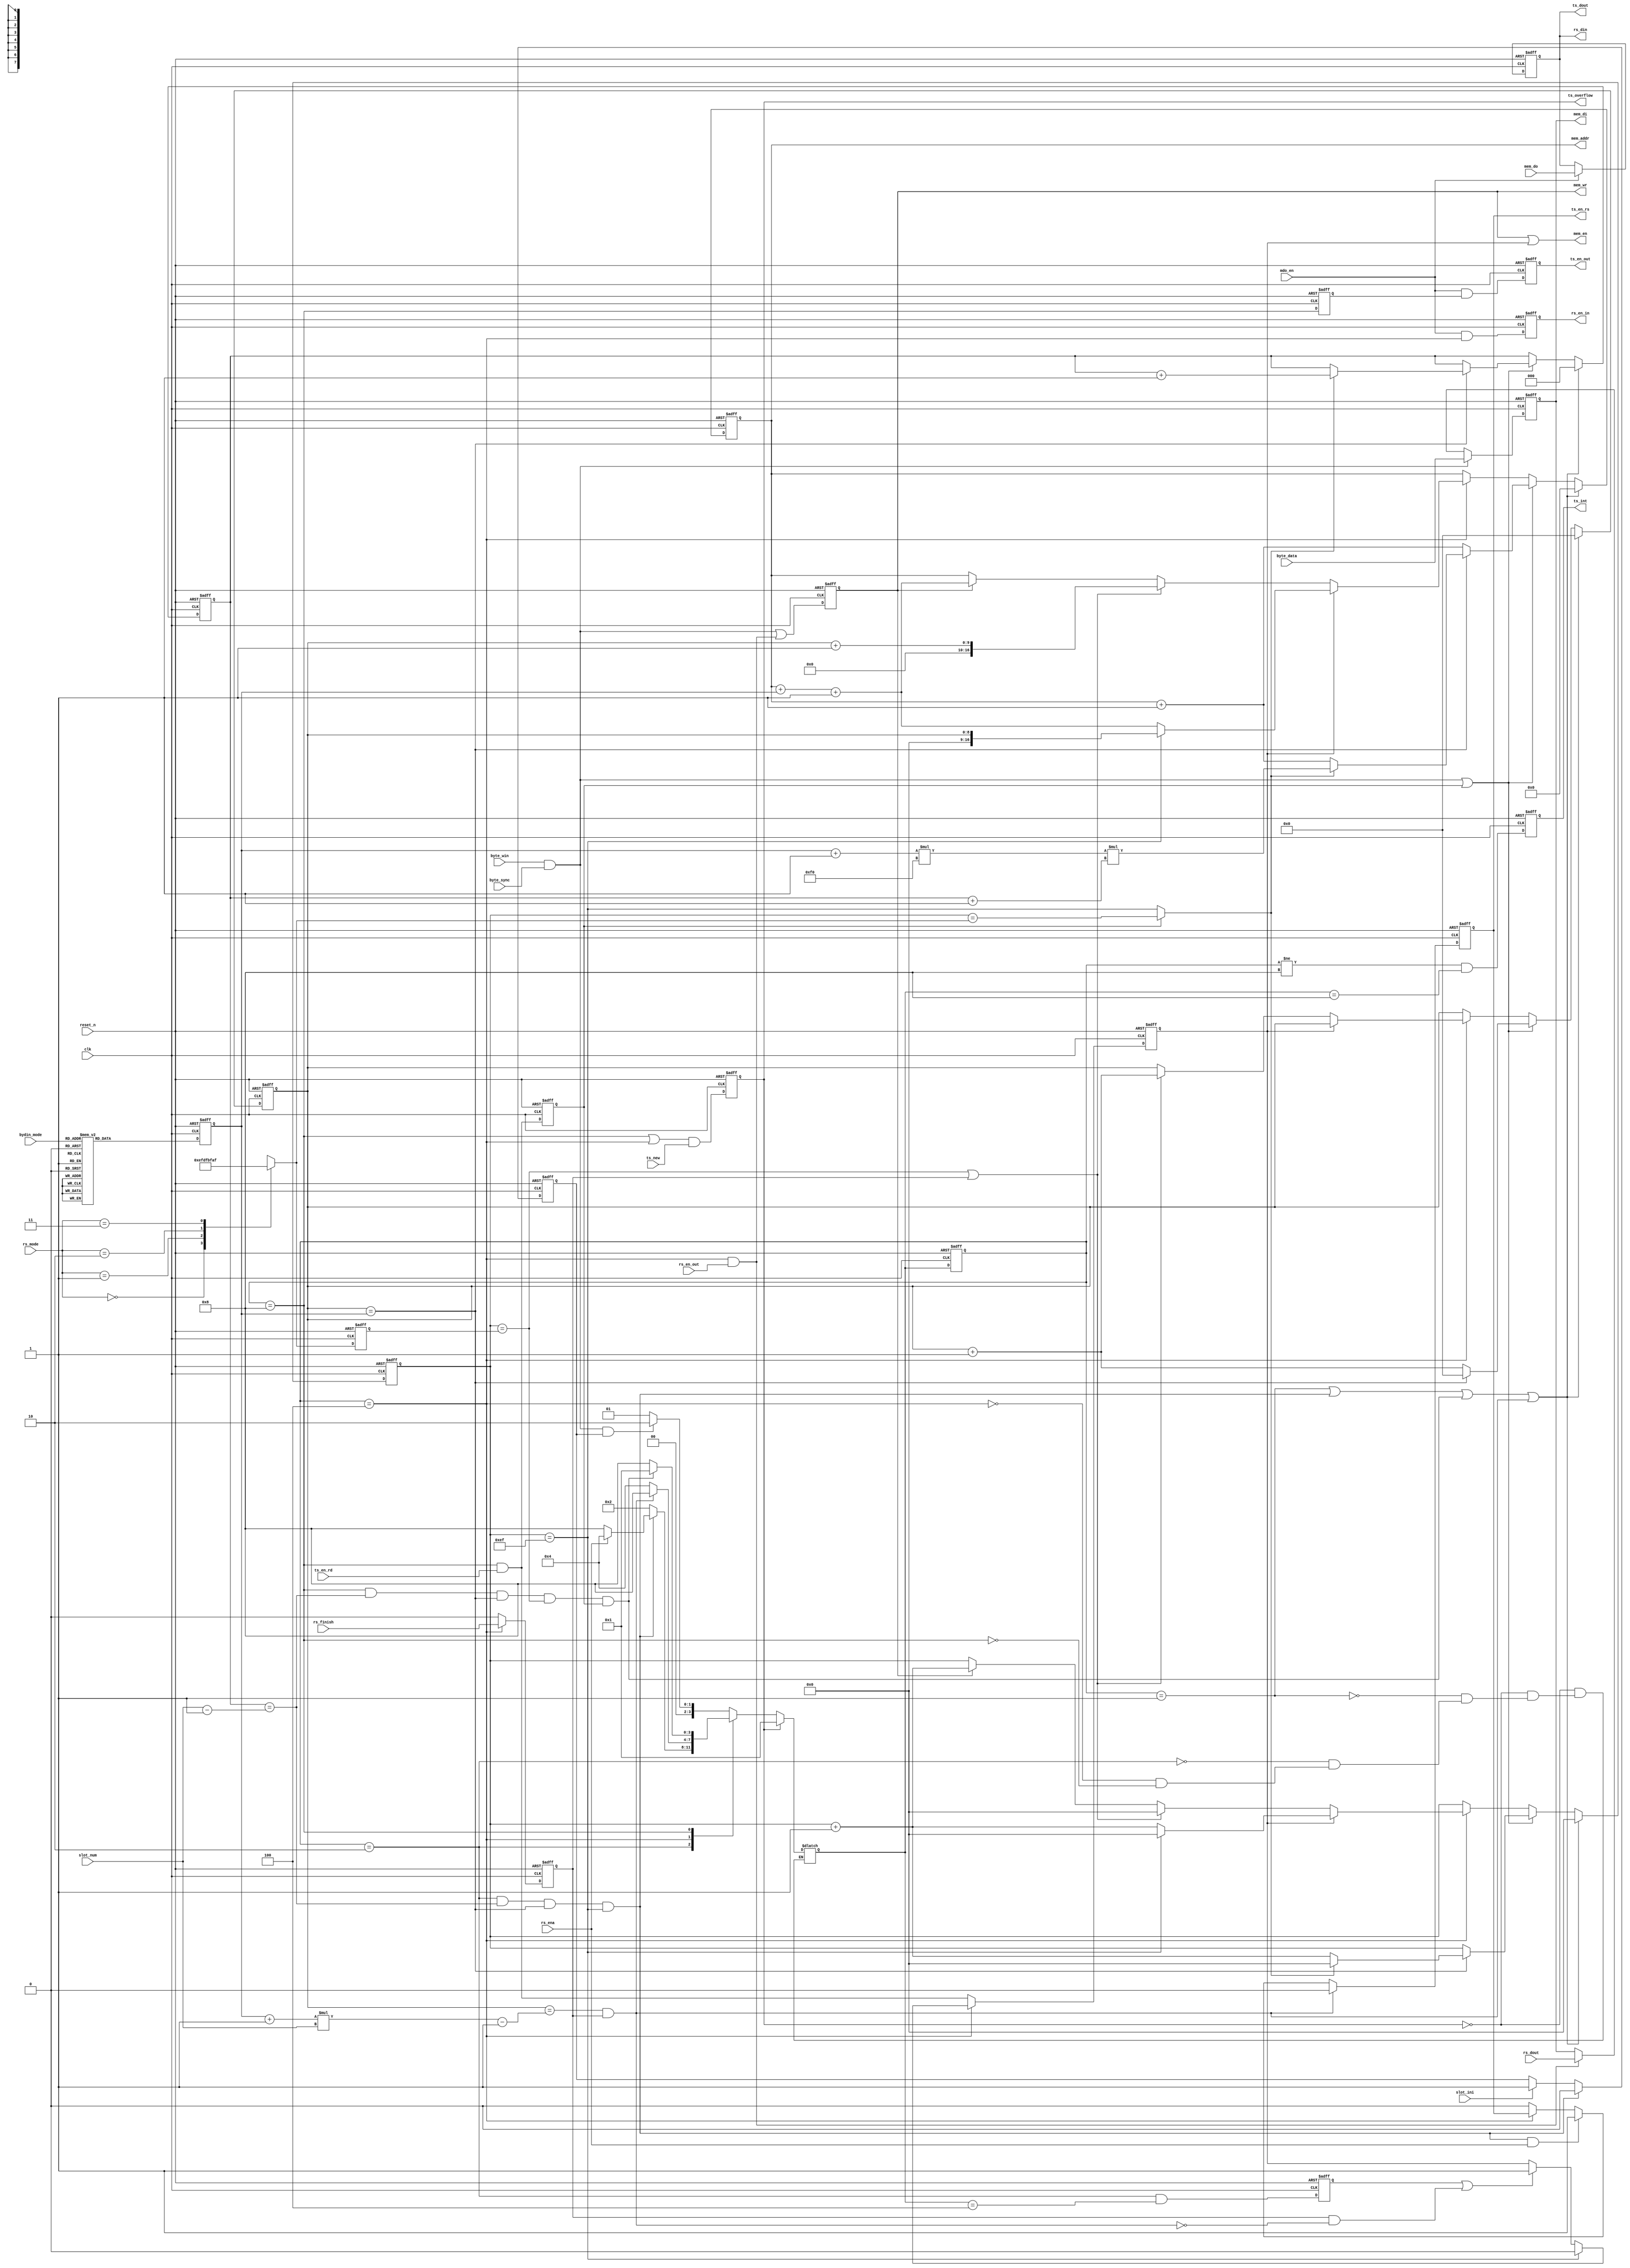
//Module
//
module byte_man(
    clk        ,
    reset_n    ,
    byte_sync  ,
    byte_data  ,
    byte_win   ,
//    ofdm_mode  ,
//    ldpc_rate  ,
    bydin_mode ,
    slot_ini   ,
    slot_num   ,
    ts_en_rd   ,
    ts_new     ,
    rs_ena     ,
    rs_mode    ,
    rs_finish  ,
    rs_en_out  ,
    rs_dout    ,

    mem_addr   ,
    mem_wr     ,
    mem_en     ,
    mem_di     ,
    mem_do     ,
    mdo_en     ,

    rs_en_in   ,
    rs_din     ,
    ts_en_rs   ,

    ts_int     ,
    ts_overflow,
    ts_en_out  ,
    ts_dout    ,
);
parameter   MAX_ROW = 9'd288   ;

input            clk           ;
input            reset_n       ;
input            byte_sync     ;
input   [7:0]    byte_data     ;
input            byte_win      ;
//input            ofdm_mode     ;
//input            ldpc_rate     ;
input   [2:0]    bydin_mode    ;
input            slot_ini      ;
input   [2:0]    slot_num      ;
input   [1:0]    rs_mode       ;
input            ts_en_rd      ;
input            rs_ena        ;
input            rs_finish     ;
input            rs_en_out     ;
input   [7:0]    rs_dout       ;
input            ts_new        ;

input            mdo_en        ;
input   [7:0]    mem_do        ;
output [16:0]    mem_addr      ;
output  [7:0]    mem_di        ;
output           mem_wr        ;
output           mem_en        ;

output           rs_en_in      ;
output  [7:0]    rs_din        ;
output           ts_en_rs      ;

output           ts_int        ;
output           ts_overflow   ;
output           ts_en_out     ;
output  [7:0]    ts_dout       ;


parameter   IDLE   = 4'b0001   ,
            WR_IN  = 4'b0010   ,
            RS_DEC = 4'b0100   ,
            RD_OUT = 4'b1000   ;	    

reg     [8:0]    mi_reg        ;
reg     [7:0]    k_reg         ;
reg     [3:0]    fsm           ;
reg    [16:0]    addr          ;
reg     [7:0]    num_col       ;
reg     [8:0]    num_row       ;
reg              ts_int        ;
reg              ts_en_out     ;
reg              ts_en_rs      ;
reg     [7:0]    data_i        ;
reg              mem_wr        ;
reg              mem_rd        ;
reg     [7:0]    data_out      ;
//reg              rd2rs         ;
reg              rs_start      ;
reg              byte_read     ;
//reg              mem_rd_dly    ;
wire             mem_rd_dly    ;
reg              state_rd_r    ;
reg              rs_en_in      ;
reg              rs_dec_end    ;
reg              ts_overflow   ;
reg              slot_wr_en    ;
reg     [2:0]    slot_n        ;

reg     [8:0]    mi_r          ;
reg     [7:0]    k_r           ;
reg     [3:0]    next_fsm      ;
reg    [16:0]    addr_r        ;
reg     [7:0]    num_col_r     ;
reg     [8:0]    num_row_r     ;
reg     [2:0]    slot_n_r      ;

wire             state_idle    ;
wire             state_wr      ;
wire             write_end     ;
wire             read_end      ;
wire             rs_end        ;
wire    [7:0]    rs_din        ;
wire    [7:0]    ts_dout       ;
wire    [8:0]    total_row     ;
wire             col_jump      ;
wire             slot_match    ;
wire   [16:0]    slot_addr     ;

assign ts_dout  = data_out ;
assign rs_din   = data_out ;

assign mem_addr = addr ;
assign mem_en   = mem_wr | mem_rd ;
assign mem_di   = data_i;
assign mem_rd_dly = mdo_en;

assign state_idle = (fsm == IDLE   );
assign state_rs   = (fsm == RS_DEC );
assign state_rd   = (fsm == RD_OUT );
assign state_wr   = (fsm == WR_IN  );

assign total_row  = (mi_reg + 1'b1) * slot_num - 1'b1;
assign slot_match = slot_n == (slot_num - 1'b1);

assign write_end = state_wr & slot_match & (num_row == mi_reg) & ( num_col == 'd239);
assign read_end = state_rd & slot_match & (num_row == mi_reg) & ( num_col == k_reg) & byte_read;

assign rs_end = (num_row == total_row ) & rs_dec_end ;

assign col_jump = byte_read ? ( num_col == k_r ) : ( num_col == 'd239 );

assign slot_addr = ( mi_reg + 1'b1) * 'd240;

always @ (*)
begin
    case(bydin_mode)
    3'b001: mi_r = 9'd71 ;
    3'b010: mi_r = 9'd143;
    3'b011: mi_r = 9'd287;
    3'b101: mi_r = 9'd107;
    3'b110: mi_r = 9'd215;
    3'b111: mi_r = 9'd431;
    3'b000: mi_r = 9'd35 ;
    3'b100: mi_r = 9'd53 ;
    endcase
end

always @ (*)
begin
    case(rs_mode)	
    2'b00: k_r = 8'd239;
    2'b01: k_r = 8'd223;
    2'b10: k_r = 8'd191;
    2'b11: k_r = 8'd175;
    endcase
end

always @ (posedge clk or negedge reset_n)
begin : para_reg
    if(!reset_n) begin
        mi_reg <= #1 9'h0;
	k_reg  <= #1 8'h0; end
    else //if()
    begin    
        mi_reg <= #1 mi_r;
        k_reg  <= #1 k_r;
    end
end   

always @ (posedge clk or negedge reset_n)
begin : fsm_reg
    if(!reset_n)
        fsm <= #1 IDLE;
    else
        fsm <= #1 next_fsm;
end

always @ (*)
begin
    if(ts_overflow)
        next_fsm = IDLE;
    else begin	    
    case(fsm)
    IDLE: if(byte_win & byte_sync & slot_wr_en)
              next_fsm = WR_IN;
          else
              next_fsm = IDLE;
    WR_IN: if(write_end) begin
              if(rs_ena)
                  next_fsm = RS_DEC;
              else
                  next_fsm = RD_OUT;end
          else  
              next_fsm = WR_IN;
    RS_DEC: if(rs_end)
              next_fsm = RD_OUT;
          else
              next_fsm = RS_DEC;
    RD_OUT: if(read_end)
              next_fsm = IDLE;
          else
              next_fsm = RD_OUT;
    endcase
    end
end

// Interrupt Generation
always @ (posedge clk or negedge reset_n)
begin: ts_int_r
    if(!reset_n)
        ts_int <= #1 1'b0;
    else
        ts_int <= #1 (fsm != RD_OUT) & ( next_fsm == RD_OUT);
end 

always @ (posedge clk or negedge reset_n)
begin: ts_overflow_r
    if(!reset_n)
        ts_overflow <= #1 1'b0;
    else
        ts_overflow <= #1 ( (fsm == RD_OUT) | (fsm == RS_DEC) ) & ts_new;
end 

always @ (posedge clk or negedge reset_n)
begin : ts_en_rs_d
    if(!reset_n)
        ts_en_rs <= #1 1'b0;
    else if(rs_end)
	ts_en_rs <= #1 1'b0;
    else if(write_end & rs_ena)
        ts_en_rs <= #1 1'b1;
    else if(~state_rs)
        ts_en_rs <= #1 1'b0;	    
end

always @ (posedge clk or negedge reset_n)
begin : byte_read_d	
    if(!reset_n)
        byte_read <= #1 1'b0;
    else
        byte_read <= #1 state_rd & ts_en_rd ;	    
end

always @ (*)
begin	
    addr_r    = addr   ;	
    num_row_r = num_row;
    num_col_r = num_col;
    slot_n_r  = slot_n ;   
    if(state_idle | write_end | read_end | rs_end )  begin 
        addr_r = 17'h0;
        num_row_r = 9'h0;
        num_col_r = 8'h0;
        slot_n_r  = 3'h0;
        end
    else if((byte_sync & byte_win) | byte_read ) begin
    if(num_row == mi_reg)  begin   
            num_row_r = 9'h0;
//	    addr_r = addr + 1'b1;
        if(col_jump) begin
            num_col_r = 9'h0;
            addr_r    = slot_addr * ( slot_n + 1'b1 );
            slot_n_r  = slot_n + 1'b1; 
            end
        else  begin  
            num_col_r = num_col + 1'b1;
	    addr_r = addr + 1'b1;
//            addr_r = (mi_reg + 1'b1) * ( num_col + 1'b1) + (mi_reg + 1'b1) * slot_n;
            end
        end
    else begin
            addr_r = addr + 1'b1;	
            num_row_r = num_row + 1'b1;
        end
        end
    else if(state_rs) begin
        if(mem_rd) begin
            if(num_col == 'd239)begin
//                addr_r = num_row + 1'b1;
                addr_r    = num_row;                
                num_col_r = 8'h0;
//                num_row_r = num_row + 1'b1;
            end		
	    else begin	    
                addr_r = addr + mi_reg + 1'b1;       
                num_col_r = num_col + 1'b1;
            end            
        end   
    else begin
         if((num_col == k_reg) | rs_dec_end) begin
                addr_r = num_row + 1'b1;
                num_col_r = 8'h0;
                num_row_r = num_row + 1'b1;
                end
            else if(mem_wr) begin
                addr_r = addr + mi_reg + 1'b1;
                num_col_r = num_col + 1'b1;
            end
    end
    end
end

always @ (posedge clk or negedge reset_n)
begin : addr_d
    if(!reset_n)
        addr <= #1 'h0;
    else
        addr <= #1 addr_r;
end

always @ (posedge clk or negedge reset_n)
begin : num_col_d
    if(!reset_n)
        num_col <= #1 8'h0;
    else
        num_col <= #1 num_col_r;
end

always @ (posedge clk or negedge reset_n)
begin : num_row_d
    if(!reset_n)
        num_row <= #1 9'h0;
    else
        num_row <= #1 num_row_r;
end

always @ (posedge clk or negedge reset_n)
begin : slot_n_d
    if(!reset_n)
        slot_n <= #1 3'h0;
    else
        slot_n <= #1 slot_n_r;
end

always @ (posedge clk or negedge reset_n)
begin : data_i_d
    if(!reset_n)
        data_i <= #1 8'h0;
    else if(byte_sync & byte_win)
        data_i <= #1 byte_data;        	    
    else if(state_rs & rs_en_out)
        data_i <= #1 rs_dout;
end

always @ (posedge clk or negedge reset_n)
begin : mem_wr_d
    if(!reset_n)
        mem_wr <= #1 1'b0;
    else 
        mem_wr <= #1 (byte_sync & byte_win ) | ( state_rs & rs_en_out);
end

always @ (posedge clk or negedge reset_n)
begin : mem_rd_d
    if(!reset_n)
        mem_rd <= #1 1'b0;
    else if(state_rs) begin
        if(num_col == 'd239)
        mem_rd <= #1 1'b0;
        else if( rs_start | (rs_dec_end & !rs_end) ) 
        mem_rd <= #1 1'b1;
        end
    else
        mem_rd <= #1 (state_rd & ts_en_rd );
end

/*
always @ (posedge clk or negedge reset_n)
begin : mem_rd_d1
    if(!reset_n)
        mem_rd_dly <= #1 1'b0;
    else
        mem_rd_dly <= #1 mem_rd;
end
*/

always @ (posedge clk or negedge reset_n)
begin : data_out_r
    if(!reset_n)
        data_out <= #1 8'h0;
    else if(mem_rd_dly)
        data_out <= #1 mem_do;
end
/*
always @ (posedge clk or negedge reset_n)
begin : rd2rs_d
    if(!reset_n)
        rd2rs <= #1 1'b0;
    else if(num_col == 'd239)
        rd2rs <= #1 1'b0;
    else if( rs_start | rs_dec_end ) 
        rd2rs <= #1 1'b1;
end
*/
always @ (posedge clk or negedge reset_n)
begin : rs_start_d
    if(!reset_n)
        rs_start <= #1 1'b0;
    else
        rs_start <= #1  (fsm == WR_IN ) & ( next_fsm == RS_DEC);
end

always @ (posedge clk or negedge reset_n)
begin : ts_en_d
    if(!reset_n)
        ts_en_out <= #1 1'b0;
    else
        ts_en_out <= #1 mem_rd_dly & state_rd_r;
end

always @ (posedge clk or negedge reset_n)
begin : state_rd_d	
    if(!reset_n)
        state_rd_r <= #1 1'b0;
    else
        state_rd_r <= #1 state_rd;
end

always @ (posedge clk or negedge reset_n)
begin : rs_en_in_d
    if(!reset_n)	
        rs_en_in <= #1 1'b0;
    else 
        rs_en_in <= #1 mem_rd_dly & state_rs;
end

always @ (posedge clk or negedge reset_n)
begin : rs_dec_end_d
    if(!reset_n)
        rs_dec_end <= #1 1'b0;
    else if(state_rs)
        rs_dec_end <= #1 rs_finish;	    
    else
	rs_dec_end <= #1 1'b0;
end

always @ (posedge clk or negedge reset_n)
begin : wr_en_r
    if(!reset_n)	
        slot_wr_en <= #1 1'b0;
    else if(write_end)
        slot_wr_en <= #1 1'b0;    
    else if(slot_ini)
        slot_wr_en <= #1 1'b1;
end

endmodule